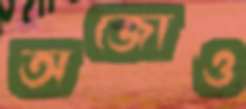
অজোও